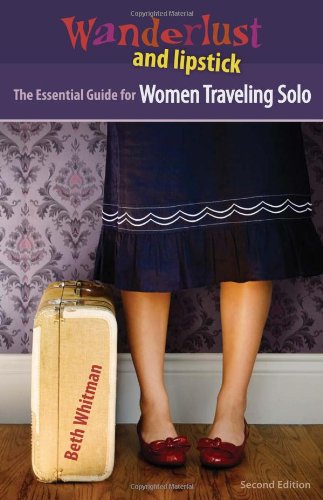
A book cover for Wanderlust and Lipstick: The Essential Guide for Women Traveling Solo; Beth Whitman; Travel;